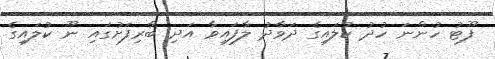
ފޫޓު ހުންނަ ހުދު ކުލައިގެ ދަވާދު ލާފައިވާ އަދި ބާރިފަށުގައި ނޫ ކުލައިގެ